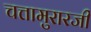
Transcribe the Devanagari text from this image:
चत्तामुरारजी